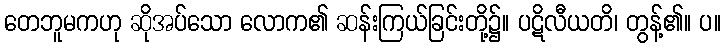
တေဘူမကဟု ဆိုအပ်သော လောက၏ ဆန်းကြယ်ခြင်းတို့၌။ ပဋိလီယတိ၊ တွန့်၏။ ပ။